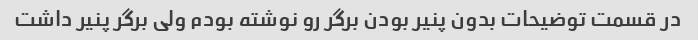
در قسمت توضیحات بدون پنیر بودن برگر رو نوشته بودم ولی برگر پنیر داشت